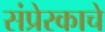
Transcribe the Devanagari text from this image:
संप्रेरकाचे